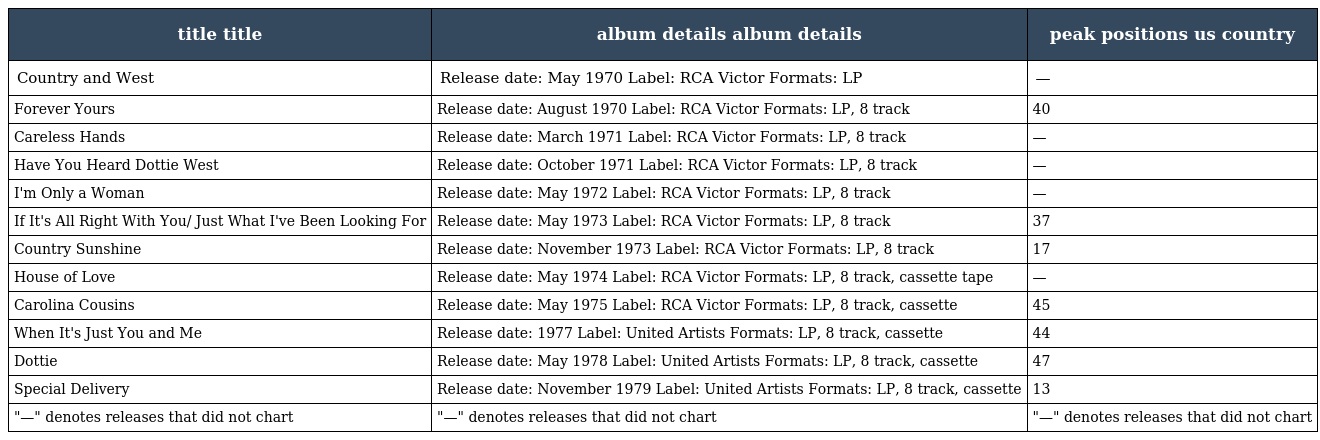
| title title | album details album details | peak positions us country |
 | --- | --- | --- |
 | Country and West | Release date: May 1970 Label: RCA Victor Formats: LP | — |
 | Forever Yours | Release date: August 1970 Label: RCA Victor Formats: LP, 8 track | 40 |
 | Careless Hands | Release date: March 1971 Label: RCA Victor Formats: LP, 8 track | — |
 | Have You Heard Dottie West | Release date: October 1971 Label: RCA Victor Formats: LP, 8 track | — |
 | I'm Only a Woman | Release date: May 1972 Label: RCA Victor Formats: LP, 8 track | — |
 | If It's All Right With You/ Just What I've Been Looking For | Release date: May 1973 Label: RCA Victor Formats: LP, 8 track | 37 |
 | Country Sunshine | Release date: November 1973 Label: RCA Victor Formats: LP, 8 track | 17 |
 | House of Love | Release date: May 1974 Label: RCA Victor Formats: LP, 8 track, cassette tape | — |
 | Carolina Cousins | Release date: May 1975 Label: RCA Victor Formats: LP, 8 track, cassette | 45 |
 | When It's Just You and Me | Release date: 1977 Label: United Artists Formats: LP, 8 track, cassette | 44 |
 | Dottie | Release date: May 1978 Label: United Artists Formats: LP, 8 track, cassette | 47 |
 | Special Delivery | Release date: November 1979 Label: United Artists Formats: LP, 8 track, cassette | 13 |
 | "—" denotes releases that did not chart | "—" denotes releases that did not chart | "—" denotes releases that did not chart |